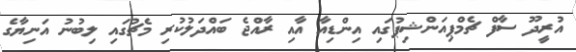
އުރީދޫ ސާފް ޗެމްޕިއަންޝިޕުގައި އިންޑިއާ އާއި ރާއްޖެ ބައްދަލުކުރި މެޗުގައި ލިބުނު އަނިޔާގެ